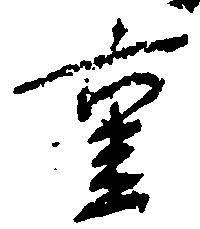
重